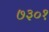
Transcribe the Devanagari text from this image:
७३०१